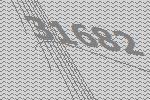
31682